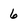
Character: 6